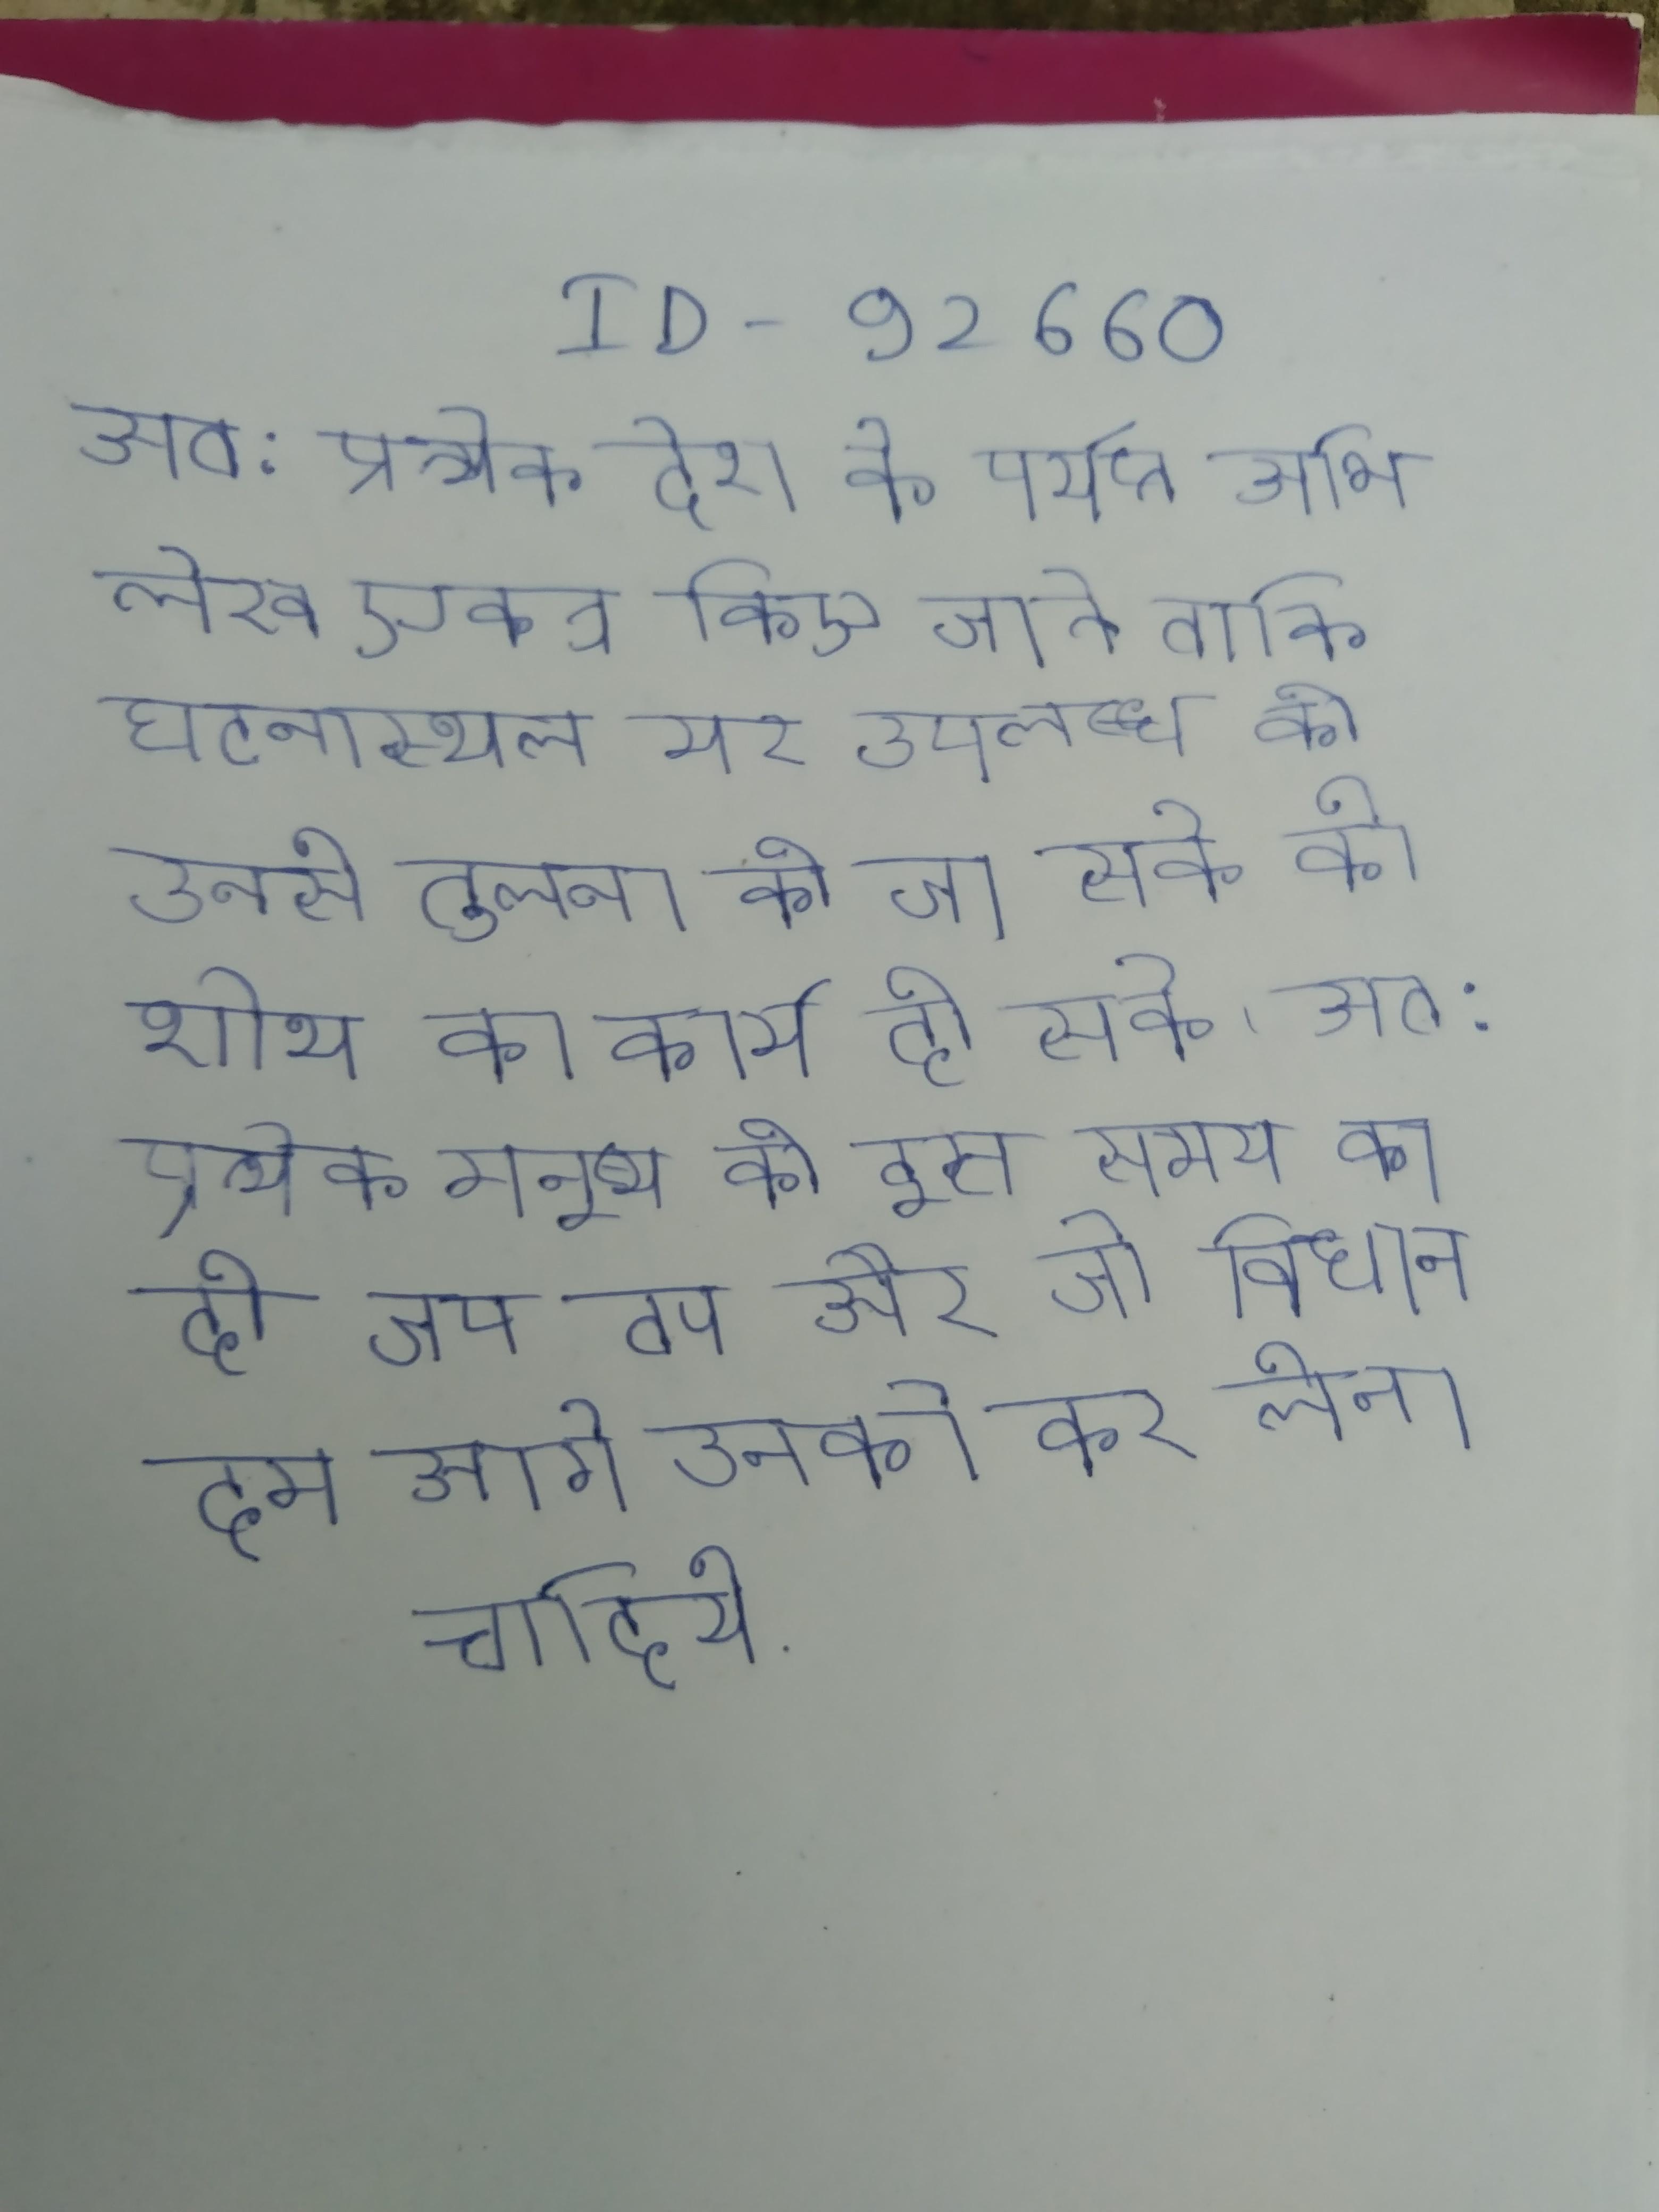
अत: प्रत्येक देश के पर्याप्त अभिलेख एकत्र किए जाते ताकि घटनास्थल पर उपलब्ध की उनसे तुलना की जा सके की शोध का कार्य हो सके । अत: प्रत्येक मनुष्य को इस समय का शनि आरम्भ होने के पहले ही जप तप और जो विधान हम आगे उनको कर लेना चाहिये .